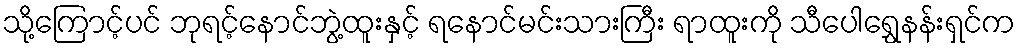
သို့ကြောင့်ပင် ဘုရင့်နောင်ဘွဲ့ထူးနှင့် ရနောင်မင်းသားကြီး ရာထူးကို သီပေါရွှေနန်းရှင်က